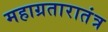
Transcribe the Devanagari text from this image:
महाग्रतारातंत्र